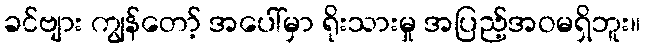
ခင်ဗျား ကျွန်တော့် အပေါ်မှာ ရိုးသားမှု အပြည့်အဝမရှိဘူး။